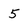
Character: 5